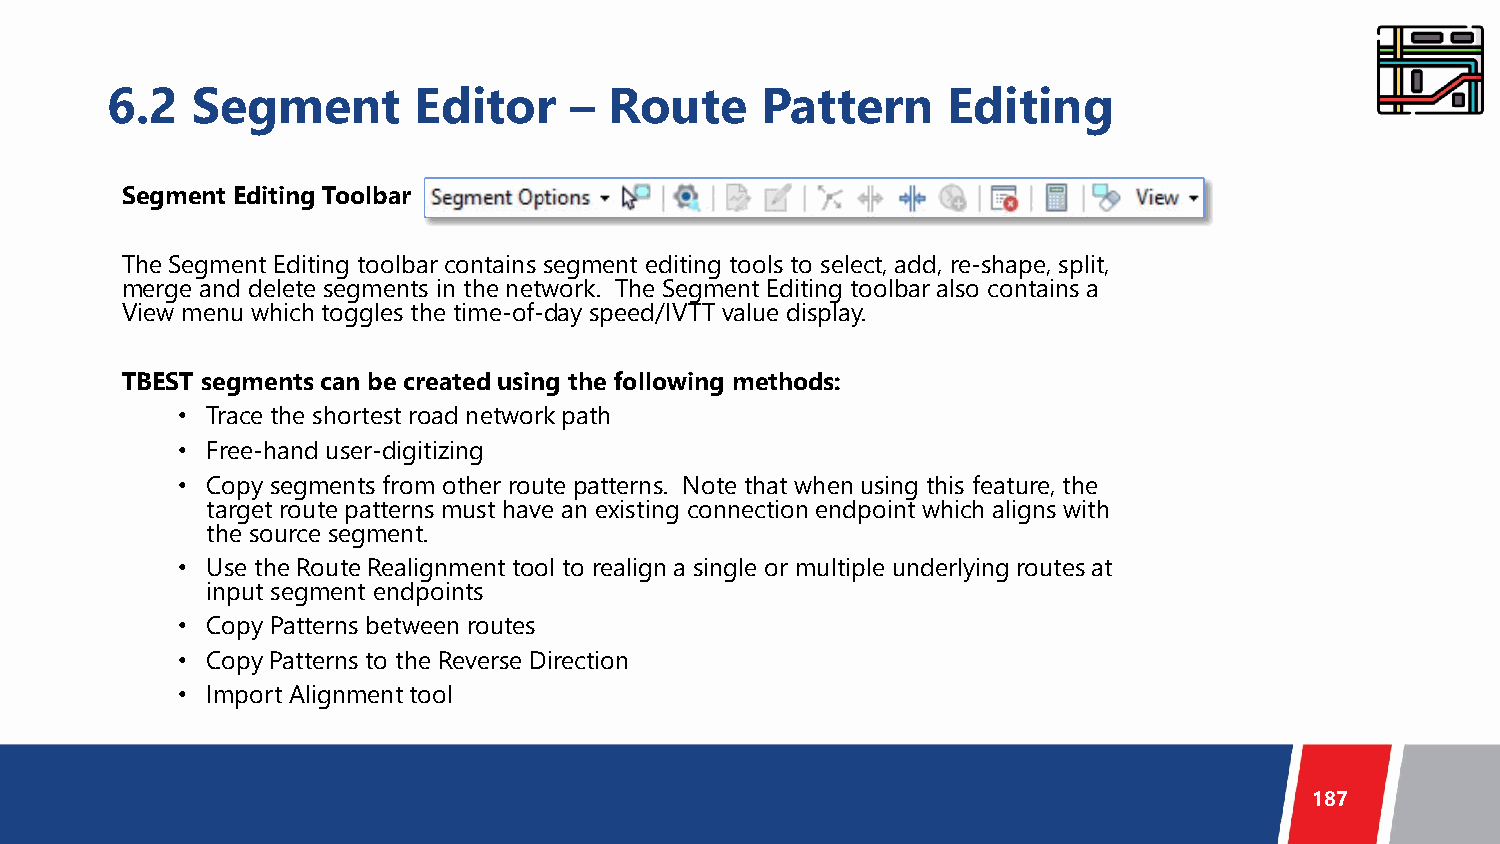
6.2   Segment       Editor     – Route     Pattern      Editing
 Segment Editing Toolbar
 The Segment Editing toolbar contains segment editing tools to select, add, re-shape, split,
 merge and delete segments in the network. The Segment Editing toolbar also contains a
 View menu which toggles the time-of-day speed/IVTT value display.
 TBEST segments can be created using the following methods:
 • Trace the shortest road network path
 • Free-hand user-digitizing
 • Copy segments from other route patterns. Note that when using this feature, the
 target route patterns must have an existing connection endpoint which aligns with
 the source segment.
 • Use the Route Realignment tool to realign a single or multiple underlying routes at
 input segment endpoints
 • Copy Patterns between routes
 • Copy Patterns to the Reverse Direction
 • Import Alignment tool
 187